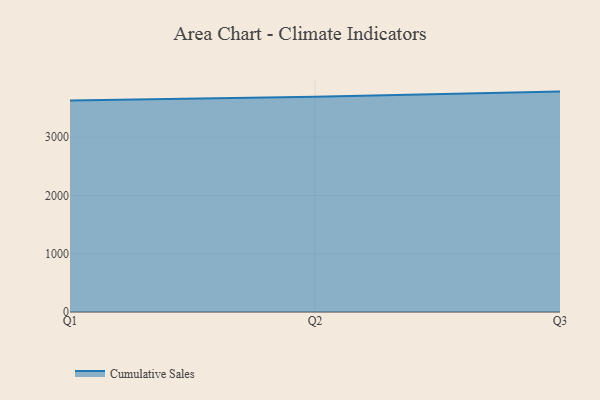
{"axis": {"x": "Quarter", "y": "Demand Index"}, "legend": ["Cumulative Sales"], "data": [{"x": "Q1", "y": 3628.3, "type": "Cumulative Sales"}, {"x": "Q2", "y": 3691.9, "type": "Cumulative Sales"}, {"x": "Q3", "y": 3778.8, "type": "Cumulative Sales"}]}